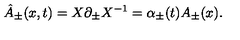
{ \hat { A } } _ { \pm } ( x , t ) = X \partial _ { \pm } X ^ { - 1 } = \alpha _ { \pm } ( t ) A _ { \pm } ( x ) .